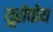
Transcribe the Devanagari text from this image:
यूरोपोय